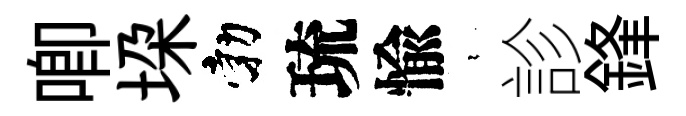
唧垜勃琉愉裊診鋒